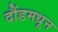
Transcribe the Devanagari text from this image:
दौंडमधून